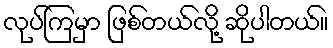
လုပ်ကြမှာ ဖြစ်တယ်လို့ ဆိုပါတယ်။